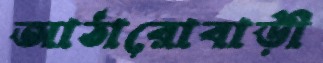
আঠারোবাড়ী